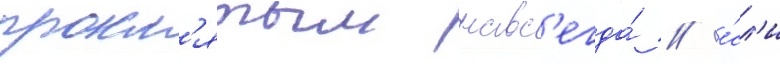
прокл'ятым навс'егда́ / е́сл'и